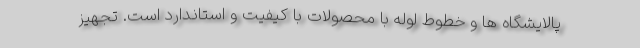
پالایشگاه ها و خطوط لوله با محصولات با کیفیت و استاندارد است. تجهیز